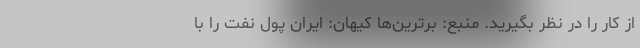
از کار را در نظر بگیرید. منبع: برترین‌ها کیهان: ایران پول نفت را با